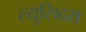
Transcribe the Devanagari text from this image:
ल्युसिदस